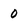
Character: 0